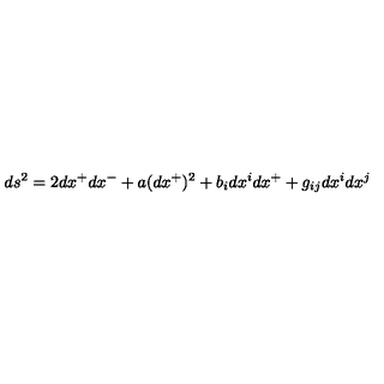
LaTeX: d s ^ { 2 } = 2 d x ^ { + } d x ^ { - } + a ( d x ^ { + } ) ^ { 2 } + b _ { i } d x ^ { i } d x ^ { + } + g _ { i j } d x ^ { i } d x ^ { j }